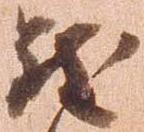
致